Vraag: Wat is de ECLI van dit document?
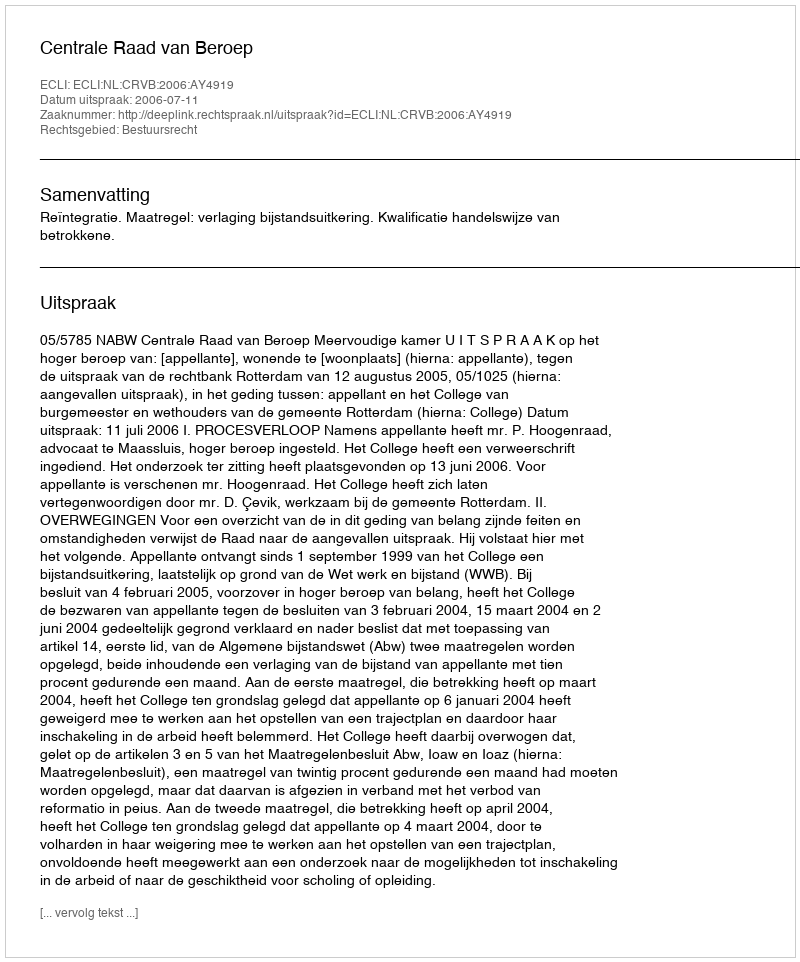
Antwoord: ECLI:NL:CRVB:2006:AY4919